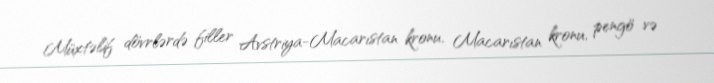
Müxtəlif dövrlərdə filler Avstriya-Macarıstan kronu, Macarıstan kronu, pengö və